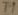
Text: T1